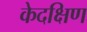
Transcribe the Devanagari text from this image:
केदक्षिण